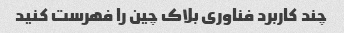
چند کاربرد فناوری بلاک چین را فهرست کنید